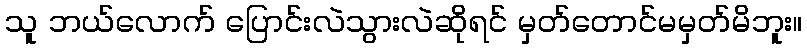
သူ ဘယ်လောက် ပြောင်းလဲသွားလဲဆိုရင် မှတ်တောင်မမှတ်မိဘူး။